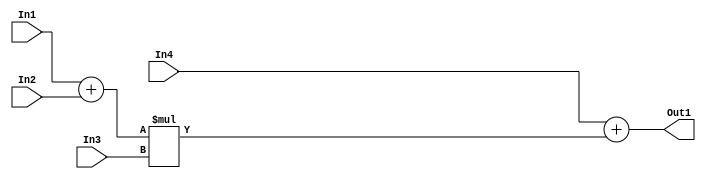
// -------------------------------------------------------------
// 
// 
// Generated by MATLAB 9.12 and HDL Coder 3.20
// 
// -------------------------------------------------------------


// -------------------------------------------------------------
// 
// Module: Subsystem4
// Source Path: untitled/serial_lpf/Subsystem4
// Hierarchy Level: 1
// 
// -------------------------------------------------------------

`timescale 1 ns / 1 ns

module Subsystem4
          (In1,
           In2,
           In3,
           In4,
           Out1);


  input   signed [15:0] In1;  // sfix16_En10
  input   signed [15:0] In2;  // sfix16_En10
  input   signed [15:0] In3;  // sfix16_En10
  input   signed [34:0] In4;  // sfix35_En20
  output  signed [34:0] Out1;  // sfix35_En20


  wire signed [16:0] a1_add_cast;  // sfix17_En10
  wire signed [16:0] a1_add_cast_1;  // sfix17_En10
  wire signed [16:0] a1_out1;  // sfix17_En10
  wire signed [32:0] m1_out1;  // sfix33_En20
  wire signed [34:0] a7_add_cast;  // sfix35_En20
  wire signed [34:0] a7_out1;  // sfix35_En20


  assign a1_add_cast = {In1[15], In1};
  assign a1_add_cast_1 = {In2[15], In2};
  assign a1_out1 = a1_add_cast + a1_add_cast_1;


  assign m1_out1 = a1_out1 * In3;


  assign a7_add_cast = {{2{m1_out1[32]}}, m1_out1};
  assign a7_out1 = In4 + a7_add_cast;


  assign Out1 = a7_out1;

endmodule  // Subsystem4